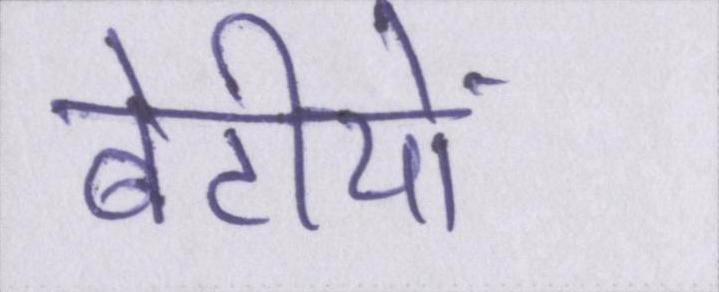
बेटीयों